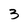
Character: 3